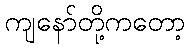
ကျနော်တို့ကတော့